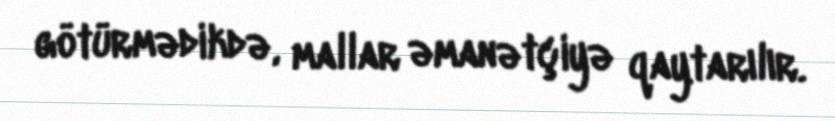
götürmədikdə, mallar əmanətçiyə qaytarılır.